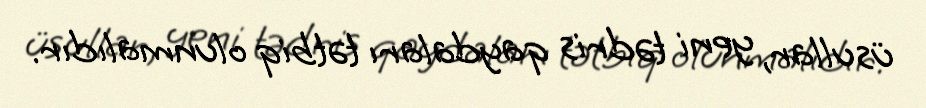
üsullar, yeni tədris qaydaları tətbiq olunmalıdır.